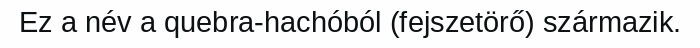
Ez a név a quebra-hachóból (fejszetörő) származik.